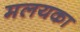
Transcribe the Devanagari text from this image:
मलयका